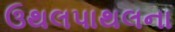
ઉથલપાથલના